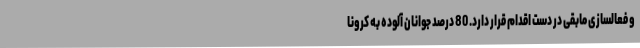
و فعالسازی مابقی در دست اقدام قرار دارد. 80 درصد جوانان آلوده به کرونا